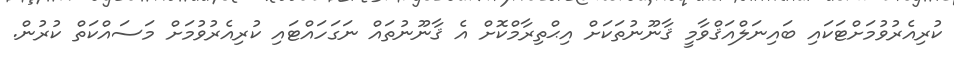
ކުރިއެރުވުމަށްޓަކައި ބައިނަލްއަޤްވާމީ ޤާނޫނުތަކަށް އިޙްތިރާމްކޮށް އެ ޤާނޫނުތައް ނަގަހައްޓައި ކުރިއެރުވުމަށް މަސައްކަތް ކުރުން.